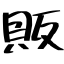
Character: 販